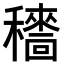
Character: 𥣱